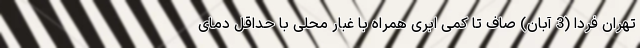
تهران فردا (3 آبان) صاف تا کمی ابری همراه با غبار محلی با حداقل دمای